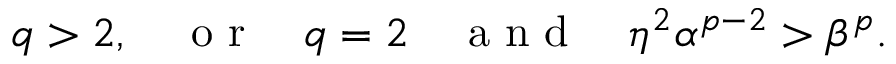
q > 2 , \quad \mathrm { ~ o ~ r ~ } \quad q = 2 \quad \mathrm { ~ a ~ n ~ d ~ } \quad \eta ^ { 2 } \alpha ^ { p - 2 } > \beta ^ { p } .